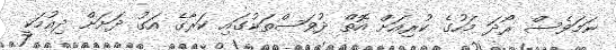
ނަމަވެސް ރޯދަ މަހުގެ ކުރިއަށް އޮތް ދުވަސްތަކުގައި ކަރާގެ އަގު ދަށަށް ދިއުމަކީ